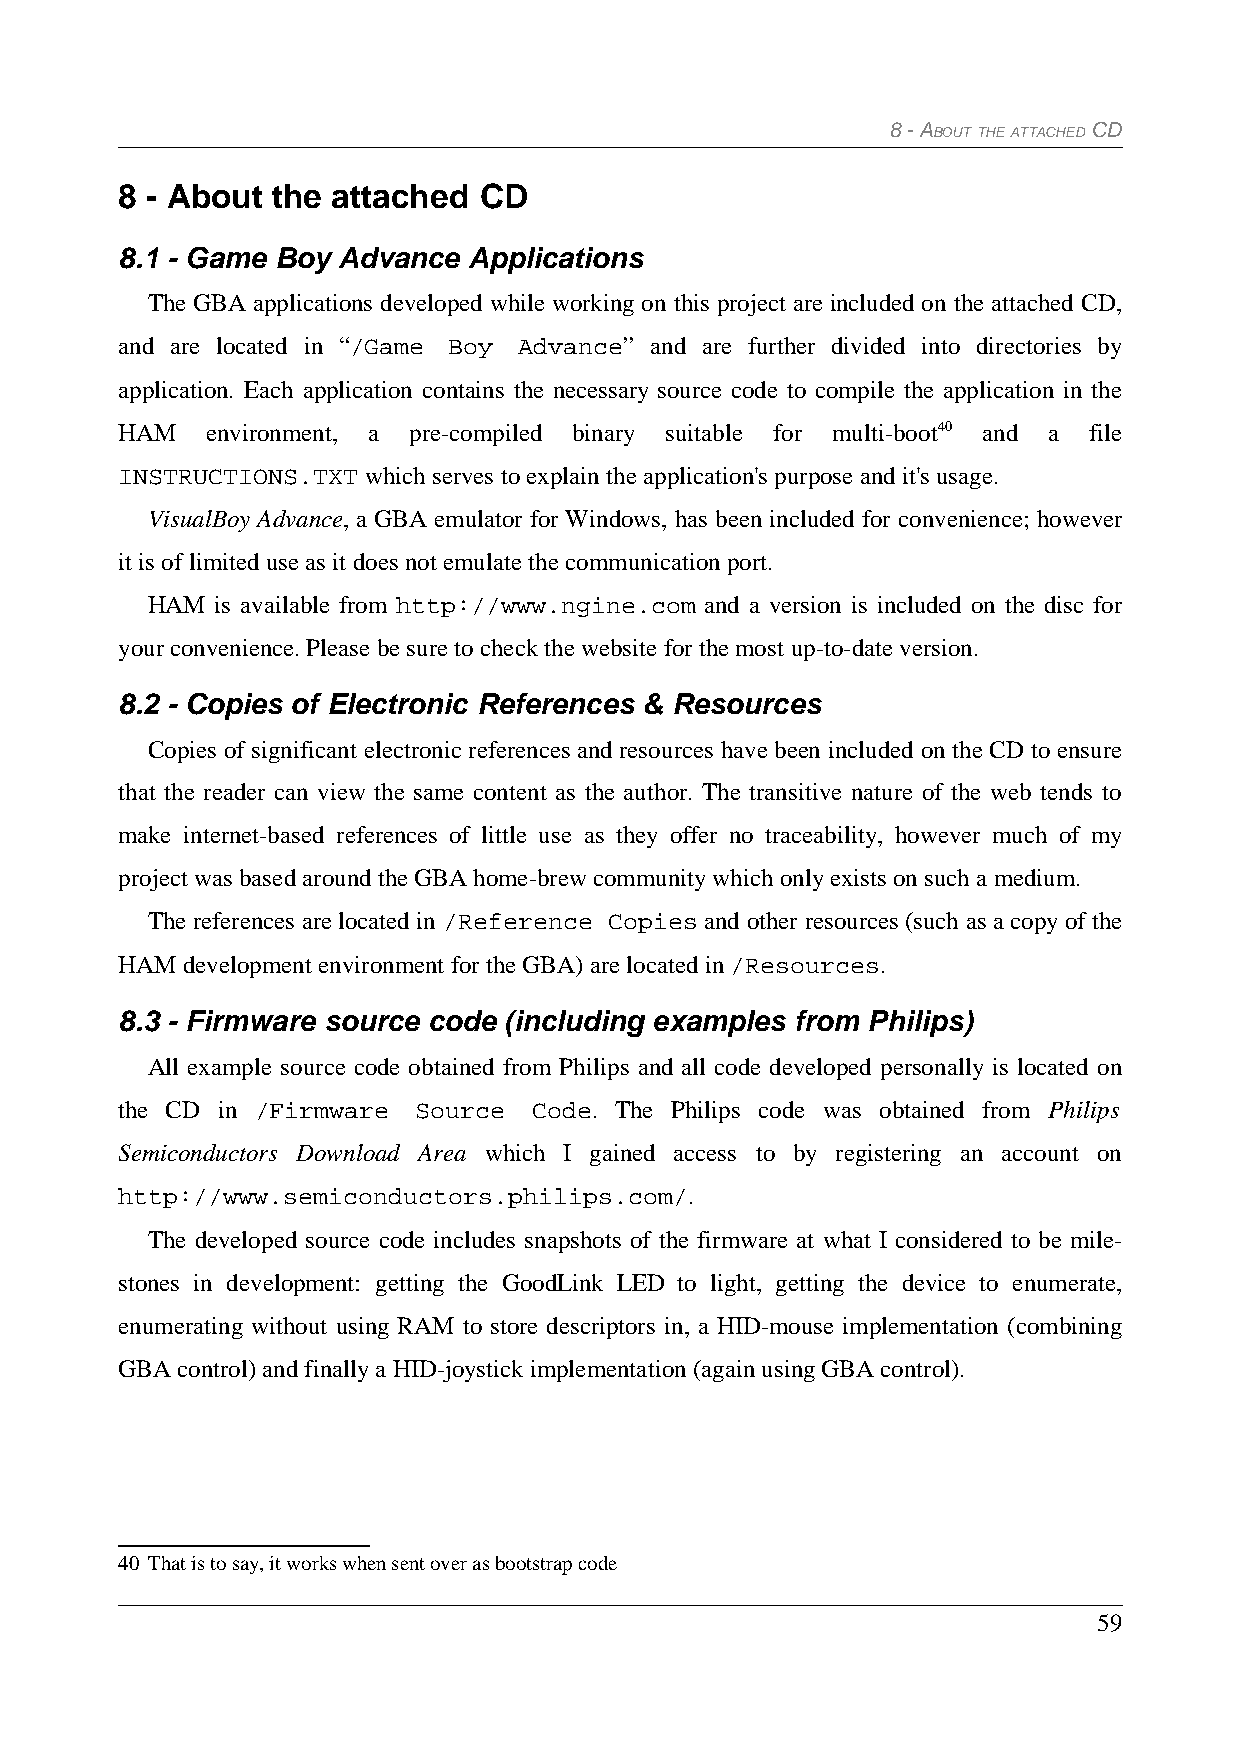
8 - ABOUT THE ATTACHED CD
 8 - About the attached  CD
 8.1 - Game Boy Advance Applications
 The GBA applications developed while working on this project are included on the attached CD,
 and are located in “/Game Boy Advance” and are further divided into directories by
 application. Each application contains the necessary source code to compile the application in the
 HAM   environment, a pre-compiled binary suitable for multi-boot40 and a file
 INSTRUCTIONS.TXT which serves to explain the application's purpose and it's usage.
 VisualBoy Advance, a GBA emulator for Windows, has been included for convenience; however
 it is of limited use as it does not emulate the communication port.
 HAM is available from http://www.ngine.com and a version is included on the disc for
 your convenience. Please be sure to check the website for the most up-to-date version.
 8.2 - Copies of Electronic References & Resources
 Copies of significant electronic references and resources have been included on the CD to ensure
 that the reader can view the same content as the author. The transitive nature of the web tends to
 make internet-based references of little use as they offer no traceability, however much of my
 project was based around the GBA home-brew community which only exists on such a medium.
 The references are located in /Reference Copies and other resources (such as a copy of the
 HAM development environment for the GBA) are located in /Resources.
 8.3 - Firmware source code (including examples from Philips)
 All example source code obtained from Philips and all code developed personally is located on
 the CD in /Firmware Source Code. The Philips code was obtained from Philips
 Semiconductors Download Area which I gained access to by registering an account on
 http://www.semiconductors.philips.com/.
 The developed source code includes snapshots of the firmware at what I considered to be mile-
 stones in development: getting the GoodLink LED to light, getting the device to enumerate,
 enumerating without using RAM to store descriptors in, a HID-mouse implementation (combining
 GBA control) and finally a HID-joystick implementation (again using GBA control).
 40 That is to say, it works when sent over as bootstrap code
 59